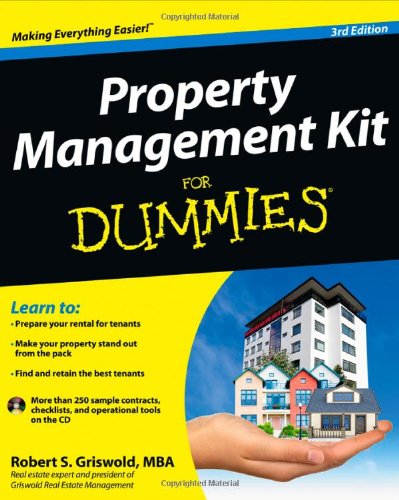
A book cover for Property Management Kit For Dummies; Robert S. Griswold; Business & Money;